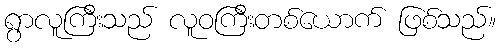
ရွာလူကြီးသည် လူဝကြီးတစ်ယောက် ဖြစ်သည်။